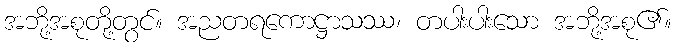
အဘို့အစုတို့တွင်။ အညတရကောဋ္ဌာသဿ၊ တပါးပါးသော အဘို့အစု၏။